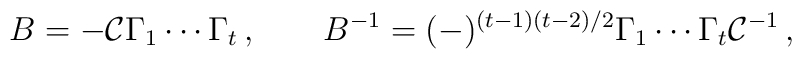
B=-{\cal C}\Gamma _1\cdots \Gamma _t\,,\qquad  B^{-1}=(-)^{(t-1)(t-2)/2}\Gamma _1\cdots \Gamma _t{\cal C}^{-1}\,,